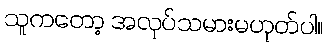
သူကတော့ အလုပ်သမားမဟုတ်ပါ။